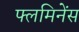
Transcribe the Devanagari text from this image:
फ्लमिनेंस